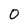
Character: O